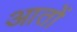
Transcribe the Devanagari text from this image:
आतों